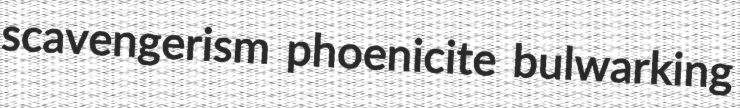
scavengerism phoenicite bulwarking